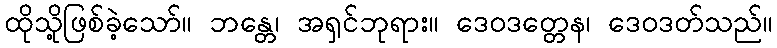
ထိုသို့ဖြစ်ခဲ့သော်။ ဘန္တေ၊ အရှင်ဘုရား။ ဒေဝဒတ္တေန၊ ဒေဝဒတ်သည်။